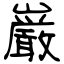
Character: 巌